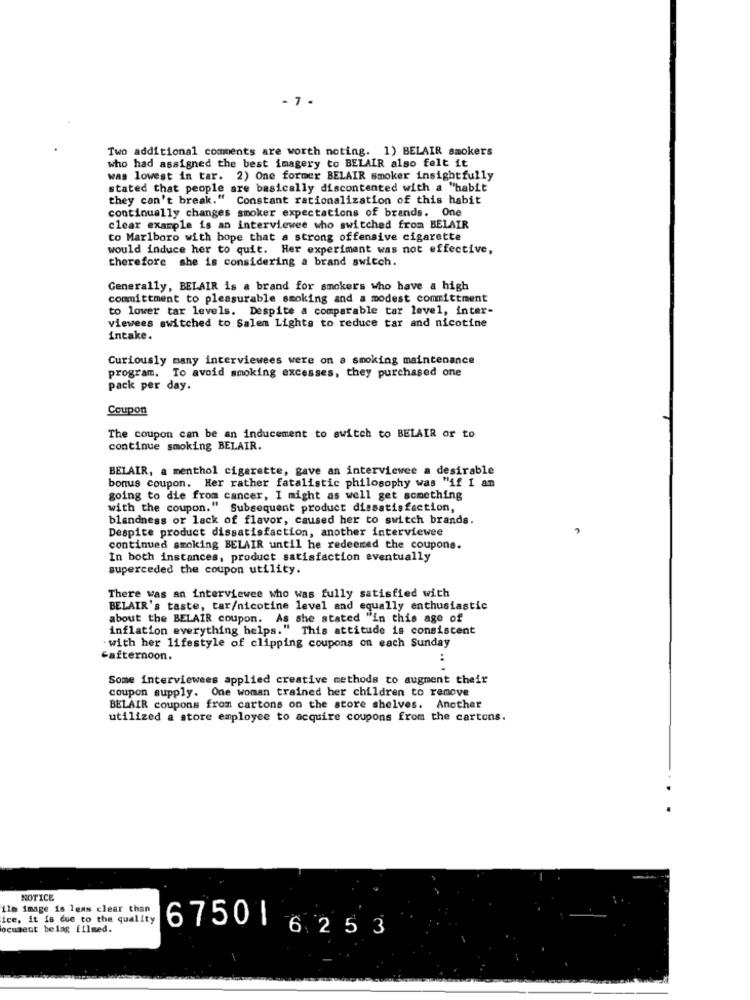
- 7 .
Two additional comments are worth noting. 1) BELAIR smokers
who had assigned the best imagery to BELAIR also felt it
was lowest in tar. 2) One former BELAIR smoker insightfully
stated that people are basically discontented with a "habit
they can't break." Constant rationalization of this habit
continually changes smoker expectations of brands. One
clear example is an interviewee who switched from BELAIR
to Marlboro with hope that a strong offensive cigarette
would induce her to quit. Her experiment was not effective,
therefore she is considering a brand switch.
Generally, BELAIR is a brand for smokers who have a high
committment to pleasurable smoking and a modest committment
to lower tar levels. Despite a comparable tar level, inter-
viewees switched to Salem Lights to reduce tar and nicotine
intake.
Curiously many interviewees were on a smoking maintenance
program. To avoid smoking excesses, they purchased one
pack per day.
Coupon
The coupon can be an inducement to switch to BELAIR or to
continue smoking BELAIR.
BELAIR, a menthol cigarette, gave an interviewee a desirable
bonus coupon. Her rather fatalistic philosophy was "if I an
going to die from cancer, I might as well get something
with the coupon." Subsequent product dissatisfaction,
blandness or lack of flavor, caused her to switch brands.
Despite product dissatisfaction, another interviewee
continued smoking BELAIR until he redeemed the coupons.
In both instances, product satisfaction eventually
superceded the coupon utility.
There was an interviewee who was fully satisfied with
BELAIR's taste, tar/nicotine level and equally enthusiastic
about the BELAIR coupon. As she stated "in this age of
inflation everything helps." This attitude is consistent
. with her lifestyle of clipping coupons on each Sunday
-afternoon.
:
Some interviewees applied creative methods to augment their
coupon supply. One woman trained her children to remove
BELAIR coupons from cartons on the store shelves. Another
utilized a store employee to acquire coupons from the cartons.
NOTICE
110 image is leas clear than
ice, it is due to the quality
ocument belag filmed.
6750 6253